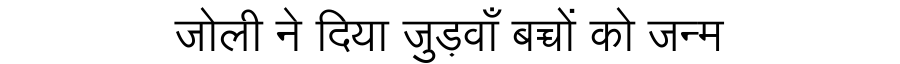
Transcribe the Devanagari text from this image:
जोली ने दिया जुड़वाँ बच्चों को जन्म